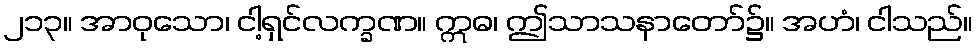
၂၁၃။ အာဝုသော၊ ငါ့ရှင်လက္ခဏ။ ဣဓ၊ ဤသာသနာတော်၌။ အဟံ၊ ငါသည်။